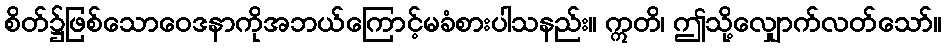
စိတ်၌ဖြစ်သောဝေဒနာကိုအဘယ်ကြောင့်မခံစားပါသနည်း။ ဣတိ၊ ဤသို့လျှောက်လတ်သော်။